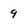
Character: 9